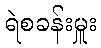
ရဲစခန်းမှူး